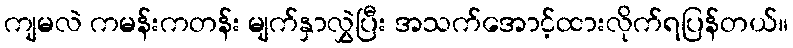
ကျမလဲ ကမန်းကတန်း မျက်နှာလွှဲပြီး အသက်အောင့်ထားလိုက်ရပြန်တယ်။